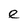
Character: e